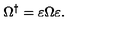
\Omega ^ { \dagger } = \varepsilon \Omega \varepsilon .